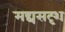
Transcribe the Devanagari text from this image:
मद्यसदृश